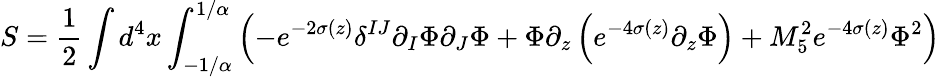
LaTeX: S=\frac{1}{2}\int d^{4}x\int_{-1/\alpha}^{1/\alpha}\left(-e^{-2\sigma(z)}\delta^{IJ}\partial_{I}\Phi\partial_{J}\Phi+\Phi\partial_{z}\left(e^{-4\sigma(z)}\partial_{z}\Phi\right)+M_{5}^{2}e^{-4\sigma(z)}\Phi^{2}\right)